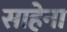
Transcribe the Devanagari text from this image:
साहेना